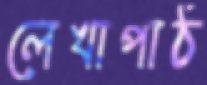
লেখাপাঠ